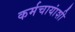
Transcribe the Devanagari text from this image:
कर्मचायांशी